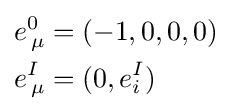
{\begin{aligned}e_{\,\mu }^{0}&=(-1,0,0,0)\\e_{\,\mu }^{I}&=(0,e_{i}^{I})\end{aligned}}